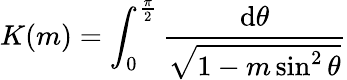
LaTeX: K(m)=\int_{0}^{\frac{\pi}{2}}{\frac{\mathrm{d}\theta}{\sqrt{1-m\sin^{2}\theta}}}